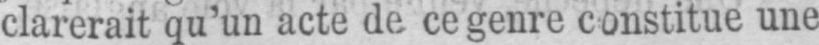
clarerait qu’un acte de ce genre constitue une